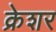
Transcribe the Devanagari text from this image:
क्रेशर